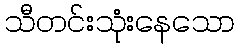
သီတင်းသုံးနေသော